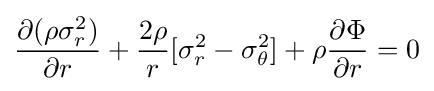
{\partial (\rho \sigma _{r}^{2}) \over \partial r}+{2\rho  \over r}[\sigma _{r}^{2}-\sigma _{\theta }^{2}]+\rho {\partial \Phi  \over \partial r}=0